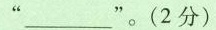
“___”(2分)